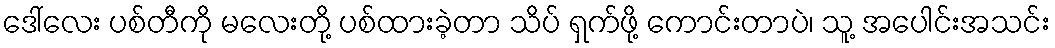
ဒေါ်လေး ပစ်တီကို မလေးတို့ ပစ်ထားခဲ့တာ သိပ် ရှက်ဖို့ ကောင်းတာပဲ၊ သူ့ အပေါင်းအသင်း